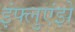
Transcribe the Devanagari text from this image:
इंफ्लुएंझे